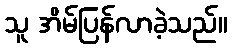
သူ အိမ်ပြန်လာခဲ့သည်။